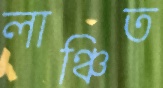
লাঞ্চিত